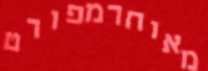
מאוחרמפורט